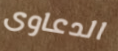
الدعاوى